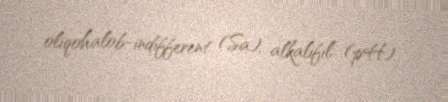
oliqohalob-indifferent (Sa), alkalifil (pH).